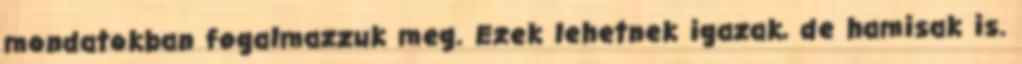
mondatokban fogalmazzuk meg. Ezek lehetnek igazak, de hamisak is.